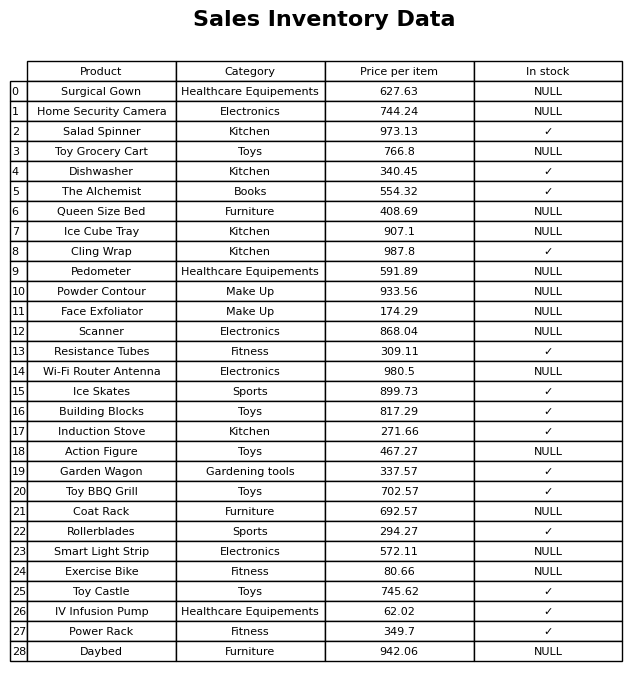
question: Is the The Alchemist in stock?
answer: ✓